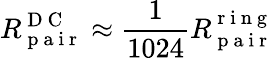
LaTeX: R_{\mathrm{~p~a~i~r~}}^{\mathrm{~D~C~}}\approx\frac{1}{1024}R_{\mathrm{~p~a~i~r~}}^{\mathrm{~r~i~n~g~}}